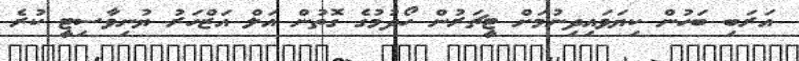
އަރަބި ބަހުން ކިޔަވައިދިނުމަށް ޓީޗަރުން ހޯދުމުގެ ގޮތުން އަލް އަޒްހަރު ޔުނިވާސިޓީ ކުރެ